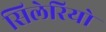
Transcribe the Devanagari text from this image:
सिलेरियो